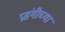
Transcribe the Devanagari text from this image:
प्रसंगीच्या